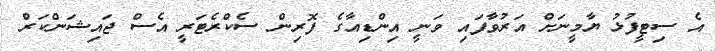
އެ ސިޓީފުޅު ޔާމީނަށް އަރުވާފައި ވަނީ އިންޑިއާގެ ފޮރިން ސެކްރެޓަރީ އެސް ޖައިޝަންކަރް